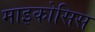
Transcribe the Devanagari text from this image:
माइकोसिस